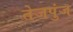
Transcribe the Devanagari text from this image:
तेजपुंज